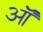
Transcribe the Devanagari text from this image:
ऑं